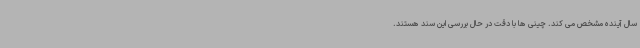
سال آینده مشخص می کند. چینی ها با دقت در حال بررسی این سند هستند.